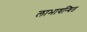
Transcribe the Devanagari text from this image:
लाभावन्वित